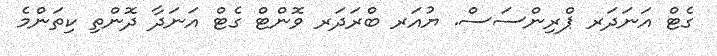
ގެޓް އަނަދަރ ޕްރިންސަސް. ޔުއަރ ބްރަދަރ ވޮންޓް ގެޓް އަނަދާ ދޮންތި ކިތަންމެ